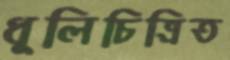
ধূলিচিত্রিত